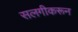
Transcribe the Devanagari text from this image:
सलगीकरून